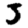
Digit: 3